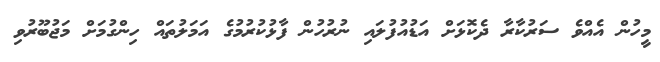
މީހުން އެއްވެ ސަރުކާރާ ދެކޮޅަށް އަޑުއުފުލައި ނުރުހުން ފާޅުކުރުމުގެ އަމަލުތައް ހިންގުމަށް މަޖުބޫރުވި